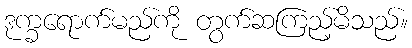
ဒုက္ခရောက်မည်ကို တွက်ဆကြည့်မိသည်။